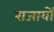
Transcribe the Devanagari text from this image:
राजायों